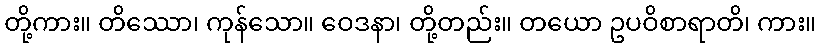
တို့ကား။ တိဿော၊ ကုန်သော။ ဝေဒနာ၊ တို့တည်း။ တယော ဥပဝိစာရာတိ၊ ကား။